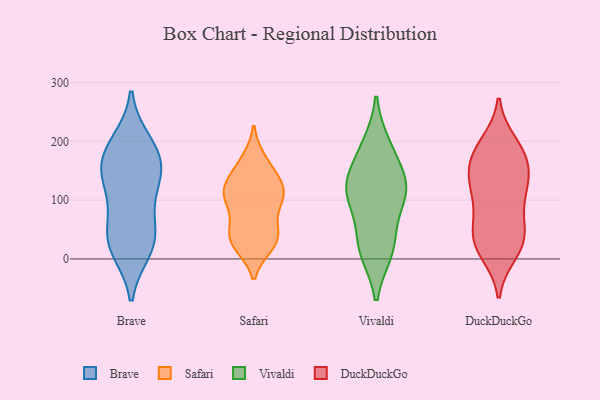
{"axis": {"x": "LTV (USD)", "y": "Value"}, "legend": ["Brave", "DuckDuckGo", "Safari", "Vivaldi"], "data": [{"x": "", "y": 140, "type": "Brave"}, {"x": "", "y": 96, "type": "Brave"}, {"x": "", "y": 18, "type": "Brave"}, {"x": "", "y": 130, "type": "Brave"}, {"x": "", "y": 35, "type": "Brave"}, {"x": "", "y": 159, "type": "Brave"}, {"x": "", "y": 170, "type": "Brave"}, {"x": "", "y": 33, "type": "Brave"}, {"x": "", "y": 182, "type": "Brave"}, {"x": "", "y": 196, "type": "Brave"}, {"x": "", "y": 36, "type": "Brave"}, {"x": "", "y": 117, "type": "Safari"}, {"x": "", "y": 29, "type": "Safari"}, {"x": "", "y": 109, "type": "Safari"}, {"x": "", "y": 109, "type": "Safari"}, {"x": "", "y": 56, "type": "Safari"}, {"x": "", "y": 26, "type": "Safari"}, {"x": "", "y": 118, "type": "Safari"}, {"x": "", "y": 92, "type": "Safari"}, {"x": "", "y": 116, "type": "Safari"}, {"x": "", "y": 24, "type": "Safari"}, {"x": "", "y": 54, "type": "Safari"}, {"x": "", "y": 131, "type": "Safari"}, {"x": "", "y": 165, "type": "Safari"}, {"x": "", "y": 33, "type": "Safari"}, {"x": "", "y": 168, "type": "Safari"}, {"x": "", "y": 35, "type": "Safari"}, {"x": "", "y": 145, "type": "Safari"}, {"x": "", "y": 93, "type": "Safari"}, {"x": "", "y": 124, "type": "Vivaldi"}, {"x": "", "y": 192, "type": "Vivaldi"}, {"x": "", "y": 114, "type": "Vivaldi"}, {"x": "", "y": 36, "type": "Vivaldi"}, {"x": "", "y": 14, "type": "Vivaldi"}, {"x": "", "y": 15, "type": "Vivaldi"}, {"x": "", "y": 97, "type": "Vivaldi"}, {"x": "", "y": 128, "type": "Vivaldi"}, {"x": "", "y": 179, "type": "Vivaldi"}, {"x": "", "y": 119, "type": "Vivaldi"}, {"x": "", "y": 40, "type": "DuckDuckGo"}, {"x": "", "y": 128, "type": "DuckDuckGo"}, {"x": "", "y": 124, "type": "DuckDuckGo"}, {"x": "", "y": 33, "type": "DuckDuckGo"}, {"x": "", "y": 147, "type": "DuckDuckGo"}, {"x": "", "y": 156, "type": "DuckDuckGo"}, {"x": "", "y": 84, "type": "DuckDuckGo"}, {"x": "", "y": 110, "type": "DuckDuckGo"}, {"x": "", "y": 110, "type": "DuckDuckGo"}, {"x": "", "y": 44, "type": "DuckDuckGo"}, {"x": "", "y": 191, "type": "DuckDuckGo"}, {"x": "", "y": 197, "type": "DuckDuckGo"}, {"x": "", "y": 157, "type": "DuckDuckGo"}, {"x": "", "y": 27, "type": "DuckDuckGo"}, {"x": "", "y": 13, "type": "DuckDuckGo"}, {"x": "", "y": 183, "type": "DuckDuckGo"}, {"x": "", "y": 175, "type": "DuckDuckGo"}, {"x": "", "y": 10, "type": "DuckDuckGo"}, {"x": "", "y": 58, "type": "DuckDuckGo"}]}